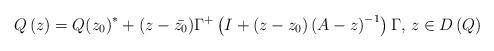
LaTeX: \begin{align*}Q\left( z \right)={Q(z_{0})}^{\ast }+(z-\bar{z_{0}})\Gamma^{+}\left( I+\left( z-z_{0} \right)\left( A-z \right)^{-1} \right)\Gamma,\thinspace z\in D\left( Q \right)\end{align*}